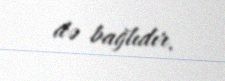
də bağlıdır.